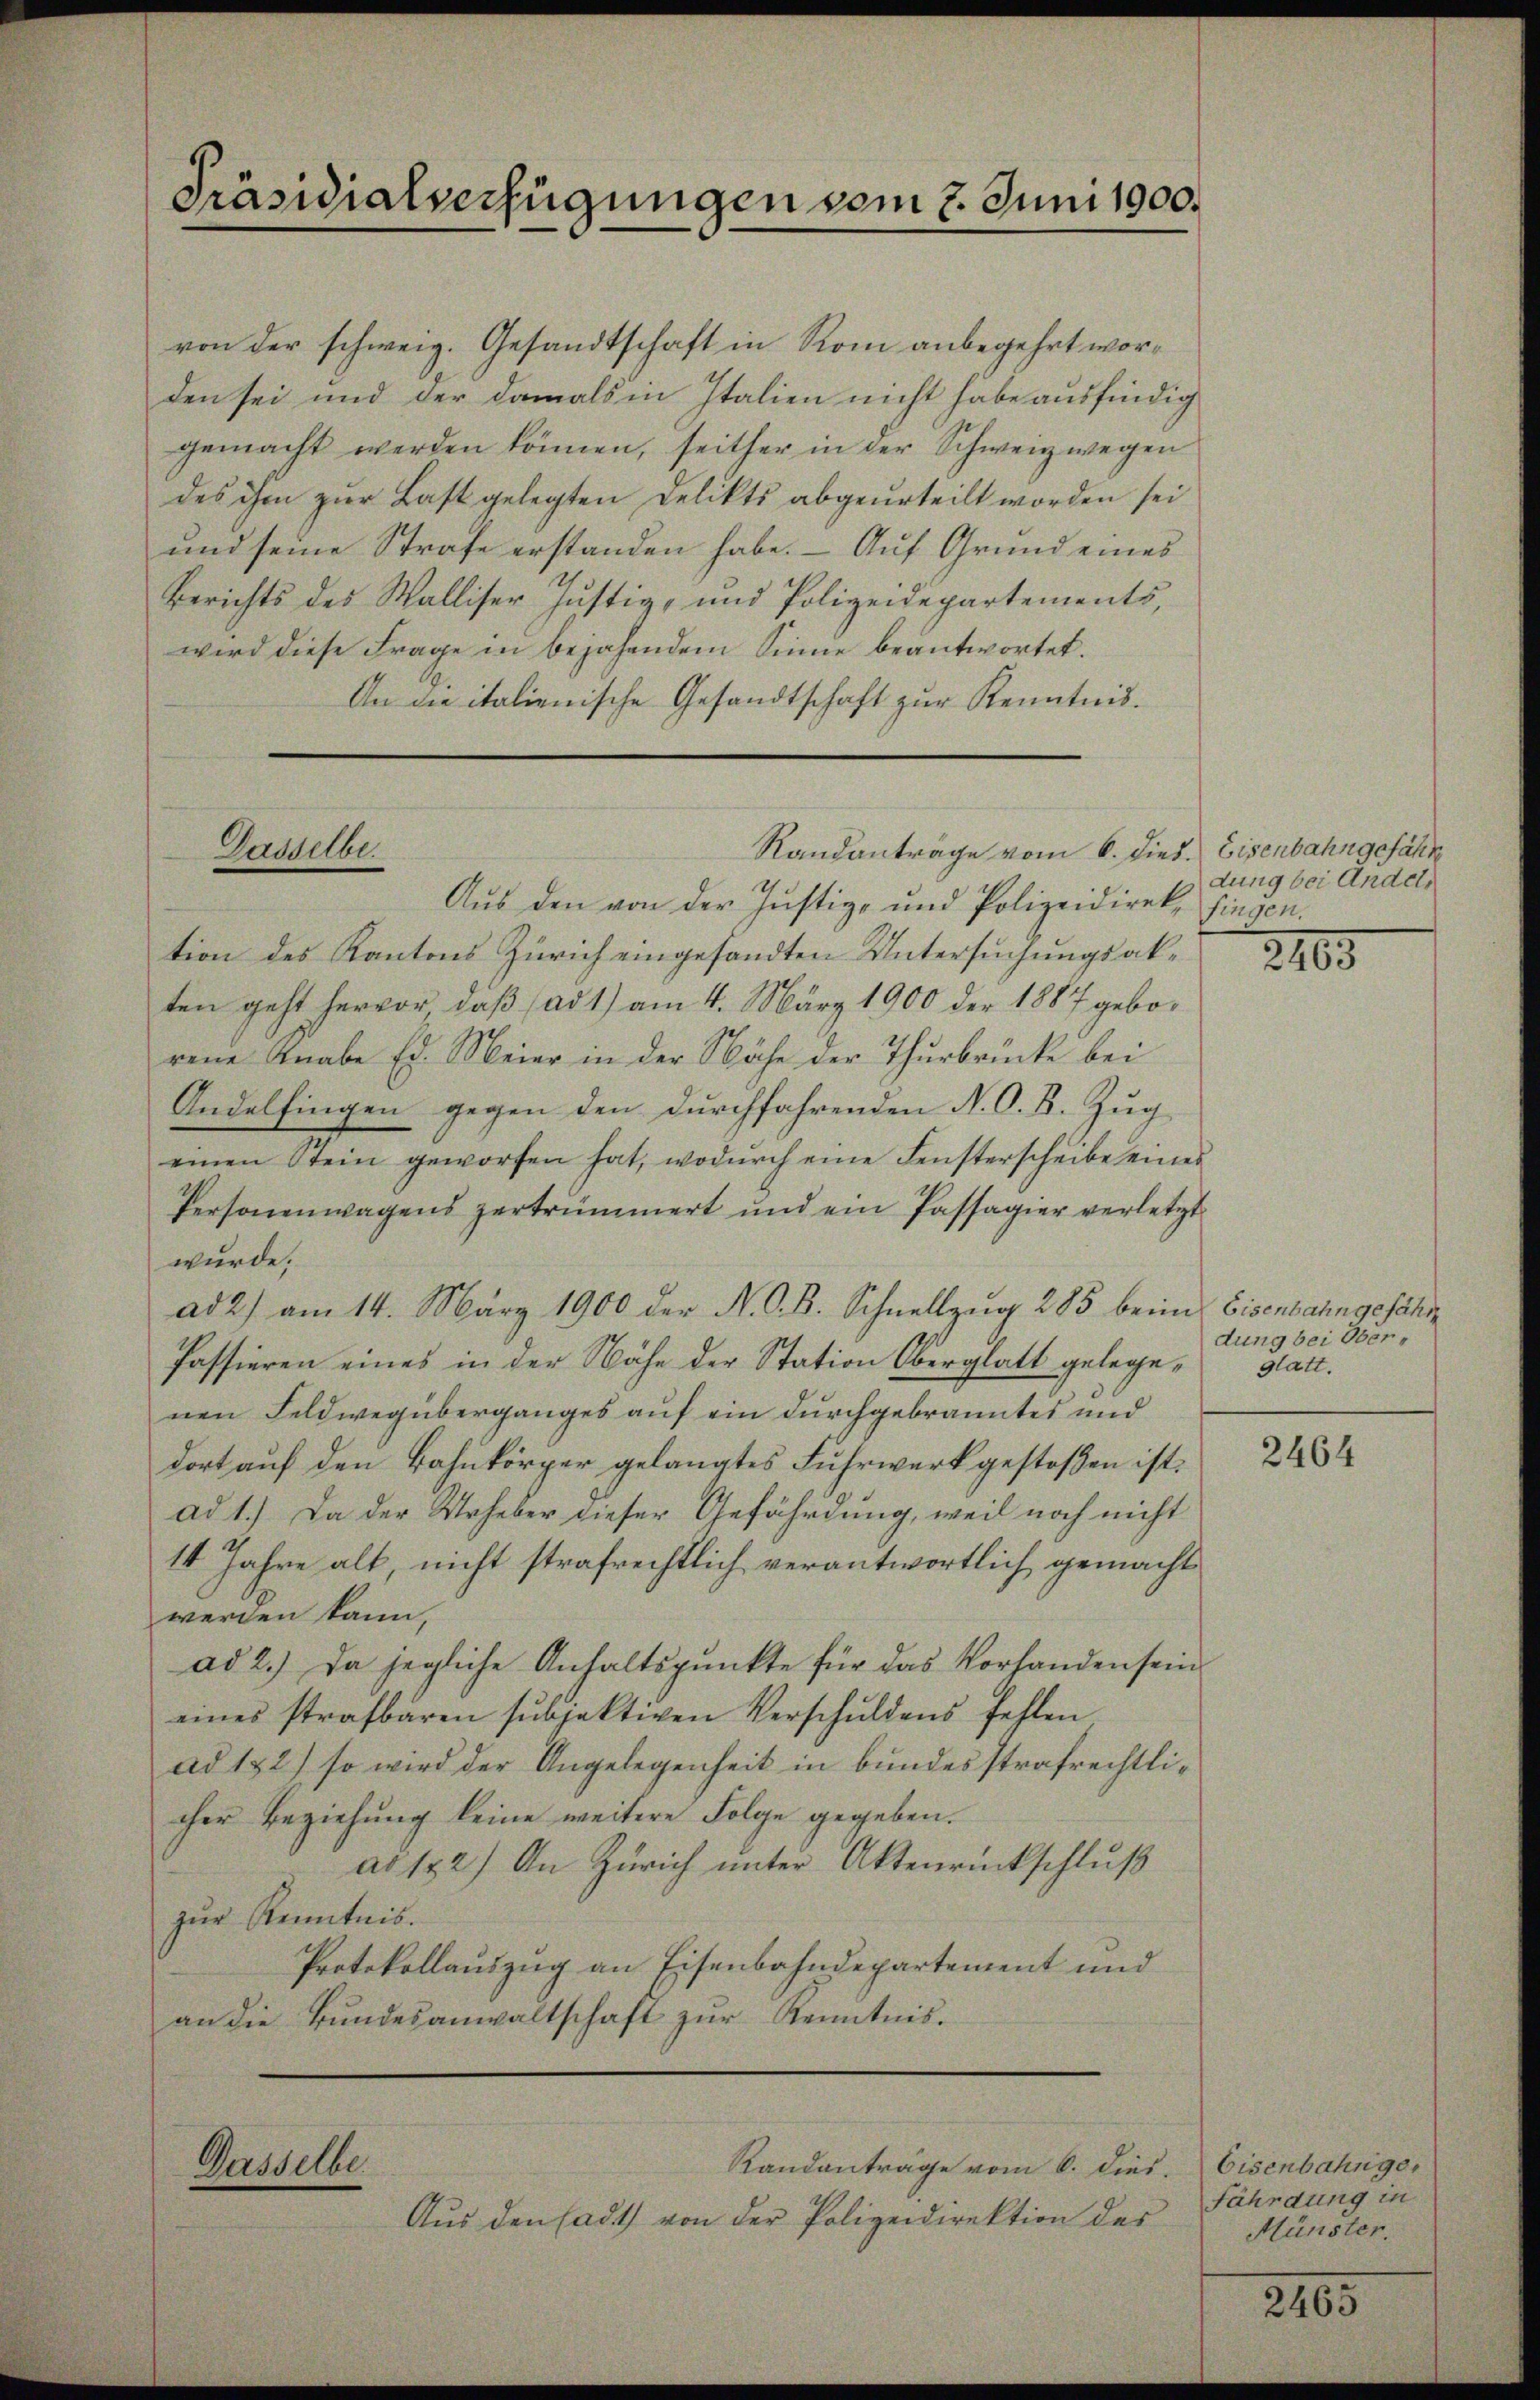
Präsidialverfügungen vom 2. Juni 1900.

von der schweig. Gesandtschaft in Rom anbegehrt worden sei und der damals in Italien nicht habe ausfindig
gemacht werden können, seither in der Schweiz wegen
des ihm zur Last gelegten Delikts abgeurteilt worden sei
und seine Strafe erstanden habe. – Auf Grund eines
Berichts des Walliser Justiz- und Polizeidepartements,
wird diese Frage in bejahendem Sinne beantwortet.
An die italienische Gesandtschaft zur Kenntnis.

Dasselbe.

Gasselbe

Randanträge vom 6. Dies. Eisenbahngefähr

Aus den Sadt) von der Polizeidirektion des

Aus den von der Justiz- und Polizeidirek, hingen.
tion des Kantons Zürich eingesandten Untersuchungsakten geht hervor, daß (ad 1) am 4. März 1900 der 1887 geborene Knabe Ed. Meier in der Nähe der Thurbrücke bei
Andelfingen gegen den durchfahrenden N. O. B. Zug
einen Stein geworfen hat, wodŭrch eine Fensterscheibe eines
Personenwagens zertrümmert und ein Passagier verletzt
wurde.
ad 2) am 14. März 1900 der N. O. B. Schnellzug 285 beim Eisenbahngefähre
Passieren eines in der Nähe der Station Oberglatt gelegenen Feldwegüberganges auf ein durchgebranntes und
dort auf den Bahnkörper gelangtes Fuhrwerk gestoßen ist.
ad 1.) Da der Urheber dieser Gefährdung, weil noch nicht
14 Jahre alt, nicht strafrechtlich verantwortlich gemacht
werden kann,
ad 2.) Da jegliche Anhaltspunkte für das Vorhanden sein
eines strafbaren subjektiven Verschuldens fehlen
ad 152) so wird der Angelegenheit in bundesstrafrechtlicher Beziehung keine weitere Folge gegeben.
ad 182) An Zürich unter Aktenrückschluß
zur Kenntnis.
Protokollauszug an Eisenbahndepartement und
an die Bŭndesanwaltschaft zŭr Kenntnis.

Randanträge vom 6. dies

dung bei Andel,

2105

dung bei Oberglatt.

2464

Eisenbahnger
fährdung in
Münster.

2165